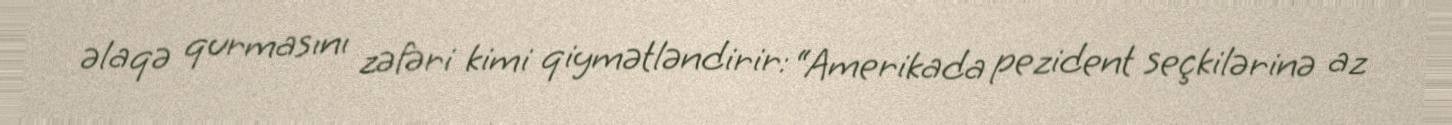
əlaqə qurmasını zəfəri kimi qiymətləndirir: “Amerikada pezident seçkilərinə az